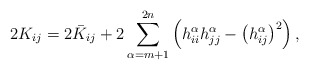
\begin{align*}2K_{ij}=2\bar K_{ij}+2\sum_{\alpha=m+1}^{2n}\left(h_{ii}^{\alpha}h_{jj}^{\alpha}-\left(h_{ij}^{\alpha}\right)^2\right),\end{align*}